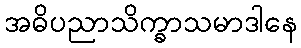
အဓိပညာသိက္ခာသမာဒါနေ